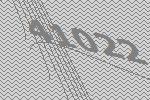
41022